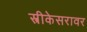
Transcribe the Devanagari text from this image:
स्त्रीकेसरावर